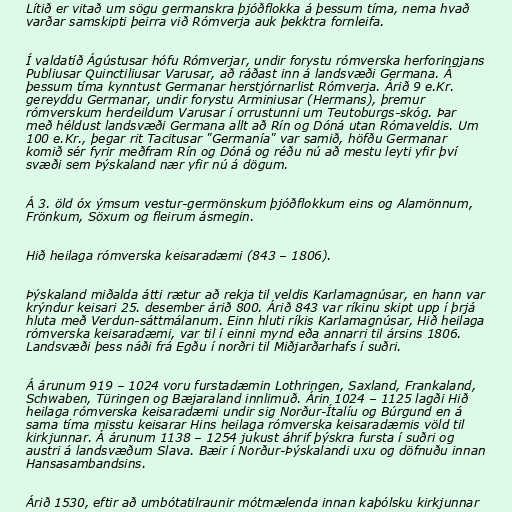
Lítið er vitað um sögu germanskra þjóðflokka á þessum tíma, nema hvað
varðar samskipti þeirra við Rómverja auk þekktra fornleifa.

Í valdatíð Ágústusar hófu Rómverjar, undir forystu rómverska herforingjans
Publiusar Quinctiliusar Varusar, að ráðast inn á landsvæði Germana. Á
þessum tíma kynntust Germanar herstjórnarlist Rómverja. Árið 9 e.Kr.
gereyddu Germanar, undir forystu Arminiusar (Hermans), þremur
rómverskum herdeildum Varusar í orrustunni um Teutoburgs-skóg. Þar
með héldust landsvæði Germana allt að Rín og Dóná utan Rómaveldis. Um
100 e.Kr., þegar rit Tacitusar "Germanía" var samið, höfðu Germanar
komið sér fyrir meðfram Rín og Dóná og réðu nú að mestu leyti yfir því
svæði sem Þýskaland nær yfir nú á dögum.

Á 3. öld óx ýmsum vestur-germönskum þjóðflokkum eins og Alamönnum,
Frönkum, Söxum og fleirum ásmegin.

Hið heilaga rómverska keisaradæmi (843 – 1806).

Þýskaland miðalda átti rætur að rekja til veldis Karlamagnúsar, en hann var
krýndur keisari 25. desember árið 800. Árið 843 var ríkinu skipt upp í þrjá
hluta með Verdun-sáttmálanum. Einn hluti ríkis Karlamagnúsar, Hið heilaga
rómverska keisaradæmi, var til í einni mynd eða annarri til ársins 1806.
Landsvæði þess náði frá Egðu í norðri til Miðjarðarhafs í suðri.

Á árunum 919 – 1024 voru furstadæmin Lothringen, Saxland, Frankaland,
Schwaben, Türingen og Bæjaraland innlimuð. Árin 1024 – 1125 lagði Hið
heilaga rómverska keisaradæmi undir sig Norður-Ítalíu og Búrgund en á
sama tíma misstu keisarar Hins heilaga rómverska keisaradæmis völd til
kirkjunnar. Á árunum 1138 – 1254 jukust áhrif þýskra fursta í suðri og
austri á landsvæðum Slava. Bæir í Norður-Þýskalandi uxu og döfnuðu innan
Hansasambandsins.

Árið 1530, eftir að umbótatilraunir mótmælenda innan kaþólsku kirkjunnar